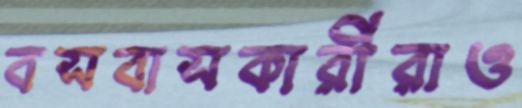
বসবাসকারীরাও